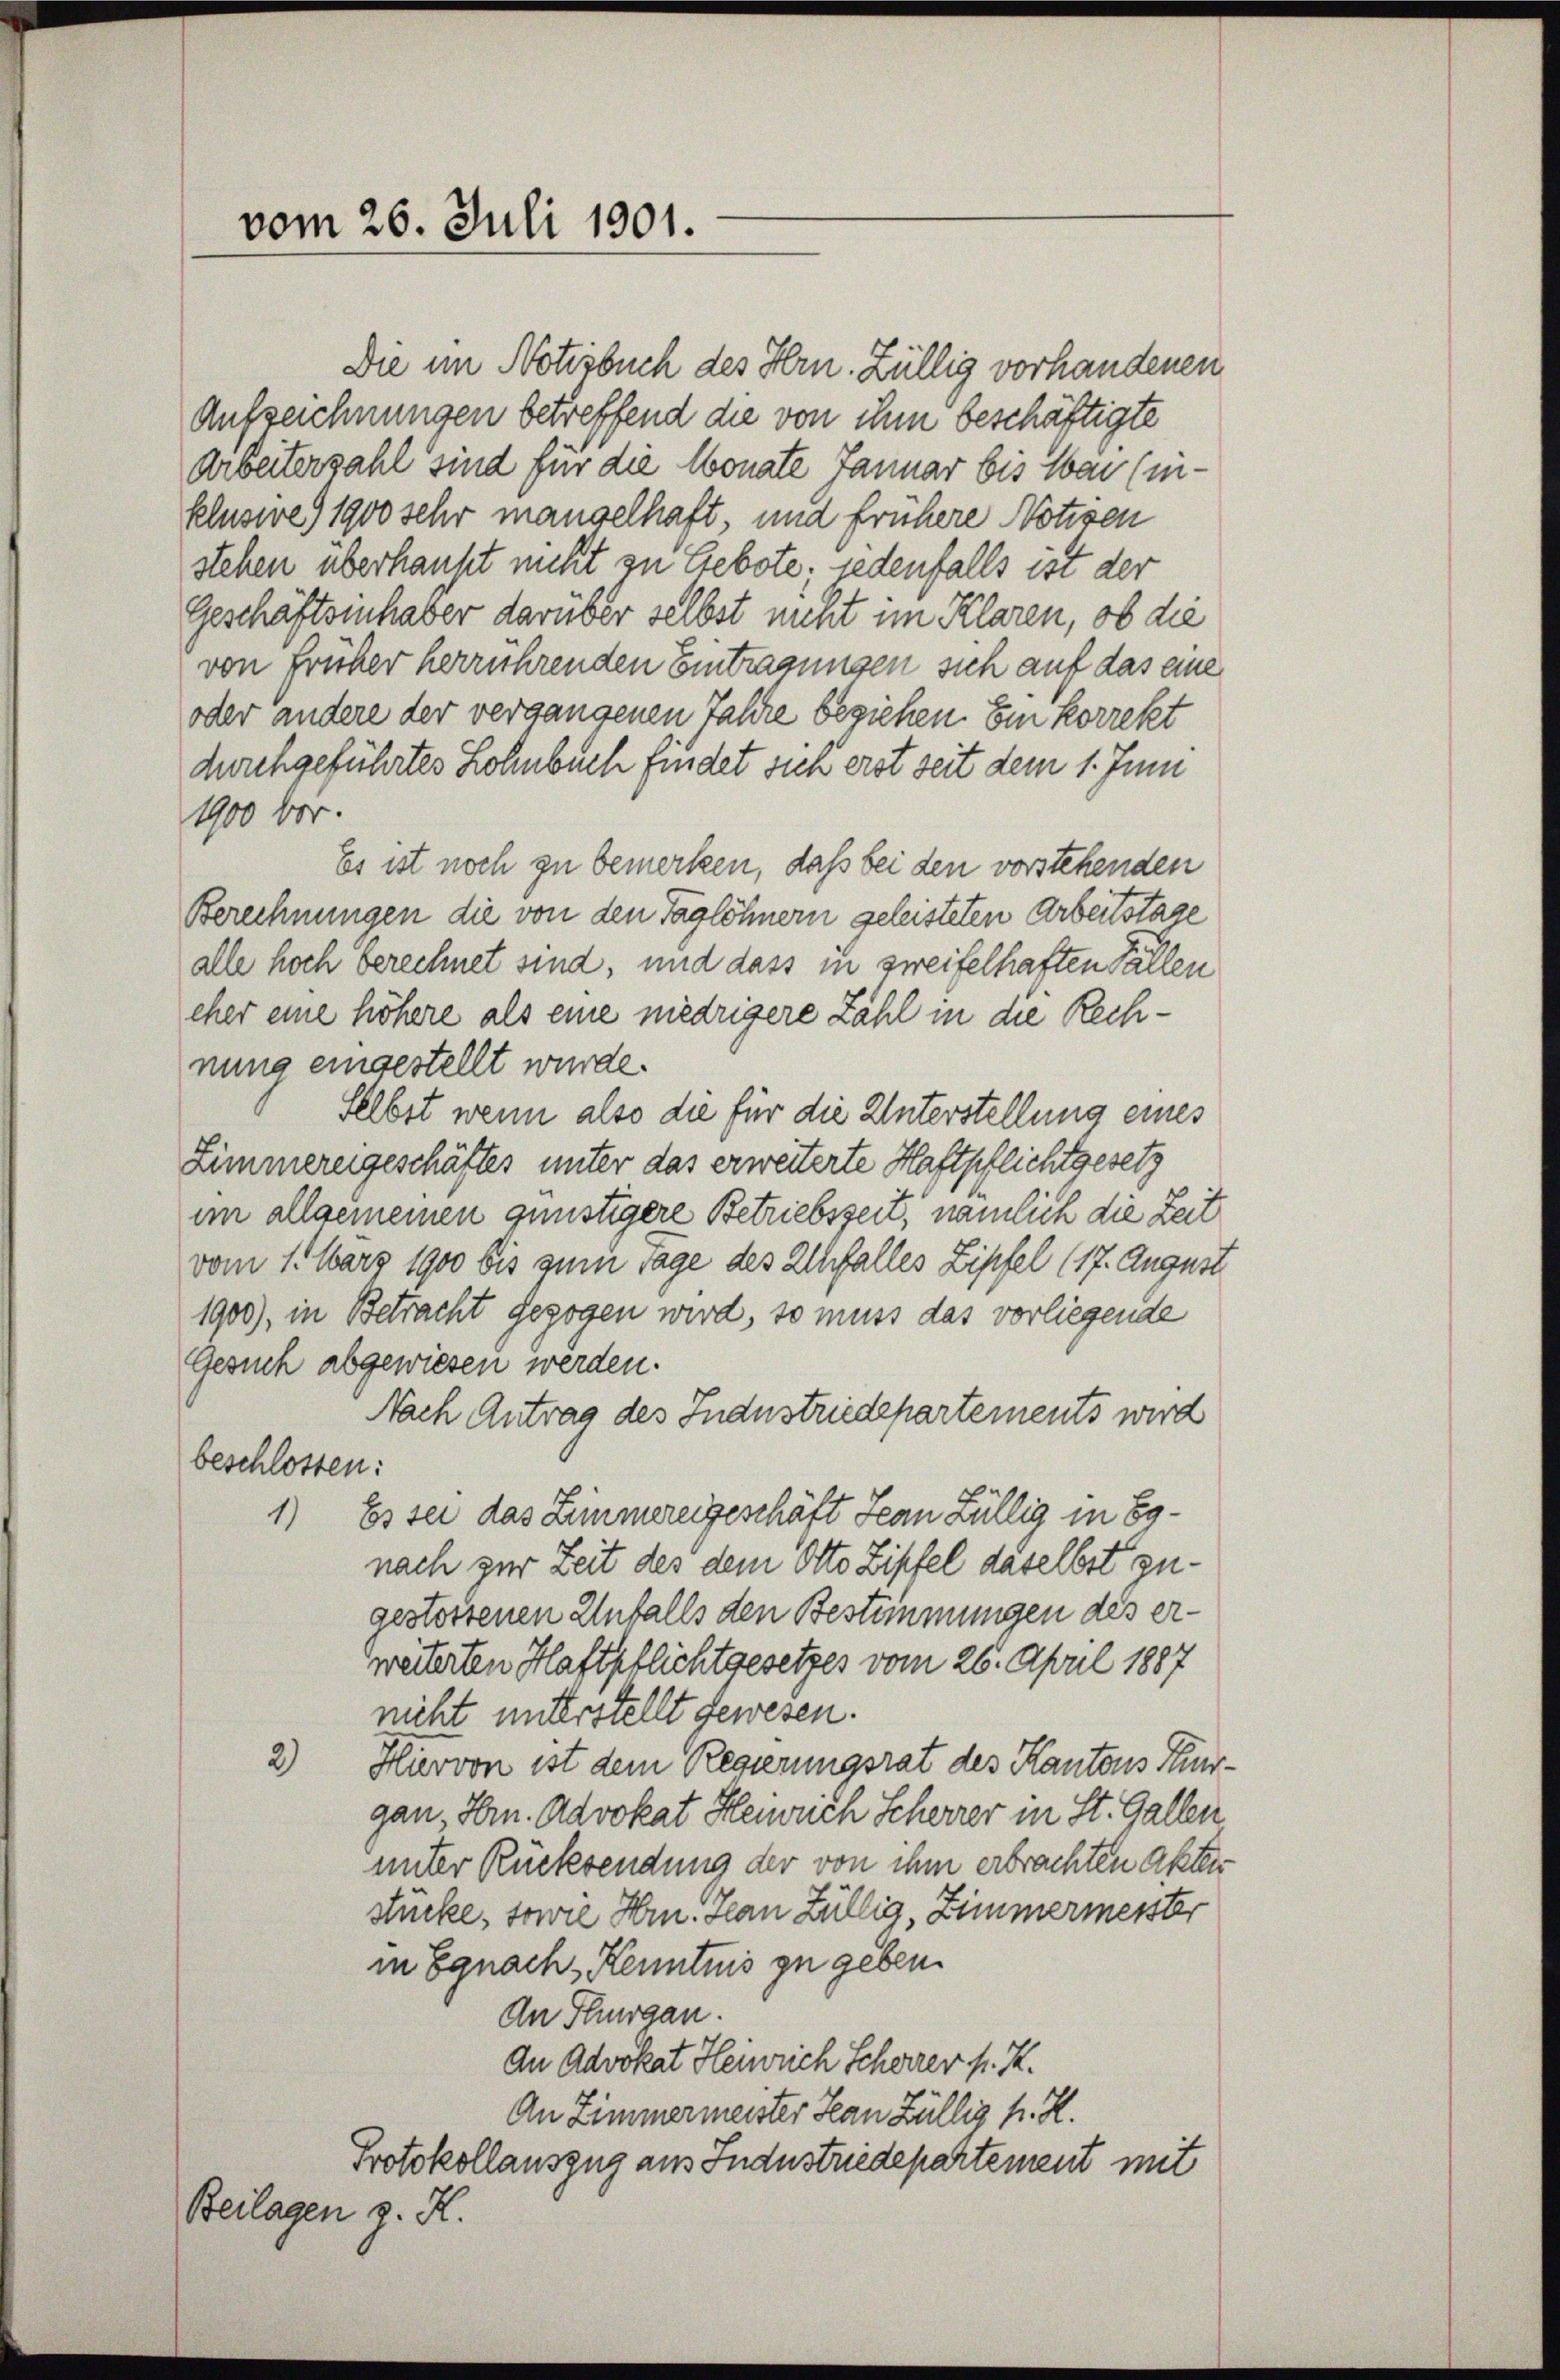
vom 26. Juli 1901.

Die im Notizbuch des Hrn. Züllig vorhandenen
Aufzeichnungen betreffend die von ihm beschäftigte
Arbeiterzahl sind für die Monate Januar bis an (inklusive 1900 sehr mangelhaft, und frühere Notizen
stehen überhaupt nicht zu Gebote, jedenfalls ist der
Geschäftsinhaber darüber selbst nicht im Klaren, ob die
von früher herrührenden Eintragungen sich auf das eine
oder andere der vergangenen Jahre beziehen. Ein korrekt
durchgeführtes Lohnbuch findet sich erst seit dem 1. Juni
1900 betr.
Es ist noch zu bemerken, daß bei den vorstehenden
Berechnungen die von den Taglöhnern geleisteten Arbeitstage
alle hoch berechnet sind, und dass in zweifelhaften Fällen
eher eine höhere als eine niedrigere Zahl in die Rechnung eingestellt wurde.
Selbst wenn also die für die Unterstellung eines
Zimmereigeschäftes unter das erweiterte Haftpflichtgesetz
im allgemeinen günstigere Betriebszeit, nämlich die Zeit
vom 1. März 1900 bis zum Tage des Uhfalles Zipfel (17. August
1900), in Betracht gezogen wird, so muss das vorliegende
Gesuch abgewiesen werden.
Nach Antrag des Industriedepartements wird
beschlossen:
1) Es sei das Zimmereigeschäft Jean Züllig in Egnach zur Zeit des dem Otto Zipfel daselbst zugestossenen Unfalls den Bestimmungen des erweiterten Haftpflichtgesetzes vom 26. April 1887
nicht unterstellt gewesen.
2) Hiervon ist dem Regierungsrat des Kantons Thurgan Hrn. Advokat Heinrich Scherrer in St. Gallen
unter Rücksendung der von ihm erbrachten Akten
stücke, sowie Hrn. Han Züllig, Zimmermeister
in Egnach Kenntnis zu geben.
An Thurgau.
An Advokat Heinrich Scherer p. K.
An Zimmermeister Han Züllig h. K.
Protokollauszug aus Industriedepartement mit
Beilagen z. K.